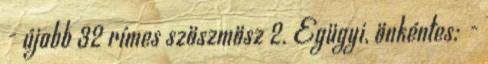
- újabb 32 rímes szöszmösz 2. Egügyi, önkéntes: -